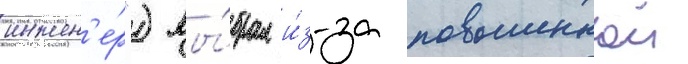
инжен'е́р") вы́брал и́з-за повышеннои